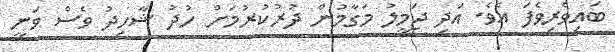
ބައިވެރިވެފަ އެވެ. އަދި ޖަމީލު މަގާމުން ދުރުކުރުމަށް ހުދު ޝާހިދު ވެސް ވަނީ